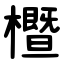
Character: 櫭